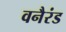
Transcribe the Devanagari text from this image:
वनैरंड